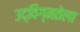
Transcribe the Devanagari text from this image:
उद्विग्नतेला